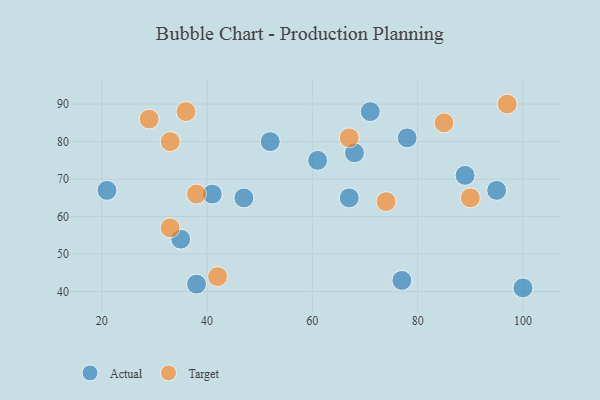
{"axis": {"x": "GDP", "y": "Life Expectancy"}, "legend": ["Actual", "Target"], "data": [{"x": "89", "y": 71, "type": "Actual"}, {"x": "71", "y": 88, "type": "Actual"}, {"x": "35", "y": 54, "type": "Actual"}, {"x": "47", "y": 65, "type": "Actual"}, {"x": "77", "y": 43, "type": "Actual"}, {"x": "78", "y": 81, "type": "Actual"}, {"x": "68", "y": 77, "type": "Actual"}, {"x": "21", "y": 67, "type": "Actual"}, {"x": "67", "y": 65, "type": "Actual"}, {"x": "52", "y": 80, "type": "Actual"}, {"x": "95", "y": 67, "type": "Actual"}, {"x": "38", "y": 42, "type": "Actual"}, {"x": "100", "y": 41, "type": "Actual"}, {"x": "41", "y": 66, "type": "Actual"}, {"x": "61", "y": 75, "type": "Actual"}, {"x": "42", "y": 44, "type": "Target"}, {"x": "67", "y": 81, "type": "Target"}, {"x": "74", "y": 64, "type": "Target"}, {"x": "38", "y": 66, "type": "Target"}, {"x": "85", "y": 85, "type": "Target"}, {"x": "33", "y": 80, "type": "Target"}, {"x": "97", "y": 90, "type": "Target"}, {"x": "29", "y": 86, "type": "Target"}, {"x": "90", "y": 65, "type": "Target"}, {"x": "33", "y": 57, "type": "Target"}, {"x": "36", "y": 88, "type": "Target"}]}